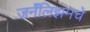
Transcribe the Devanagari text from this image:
जर्नॅलिझमचे